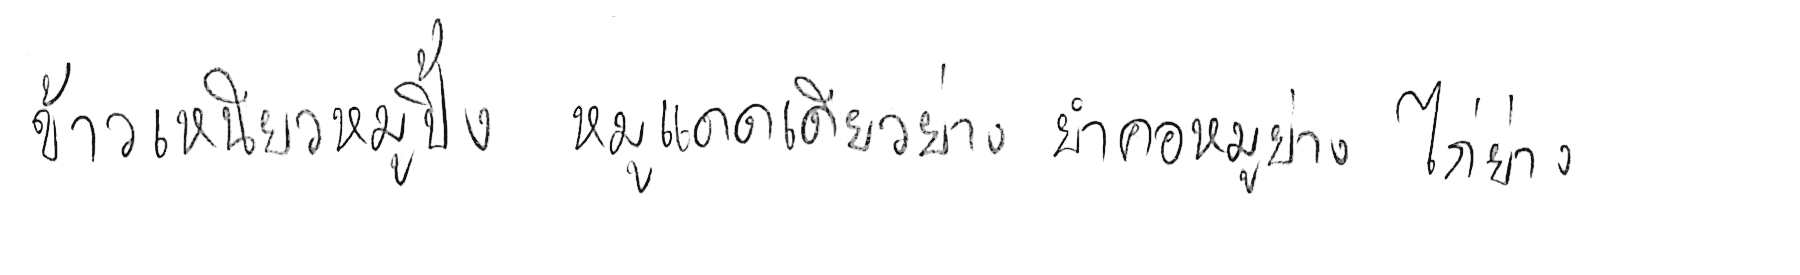
ข้าวเหนียวหมูปิ้ง หมูแดดเดียวย่าง ยำคอหมูย่าง ไก่ย่าง